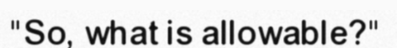
"So, what is allowable?"